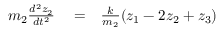
\begin{array} { r l r } { m _ { 2 } \frac { d ^ { 2 } z _ { 2 } } { d t ^ { 2 } } } & { { } = } & { \frac { k } { m _ { 2 } } ( z _ { 1 } - 2 z _ { 2 } + z _ { 3 } ) } \end{array}